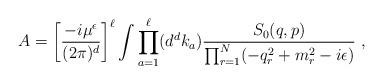
LaTeX: \begin{align*}A=\left[{-i\mu^\epsilon\over(2\pi )^{d}}\right]^{\ell }\int\prod _{a=1}^{\ell }(d^{d}k_{a}){S_{0}(q,p)\over\prod _{r=1}^{N}(-q_{r}^{2}+m_{r}^{2}-i\epsilon )}\ ,\end{align*}